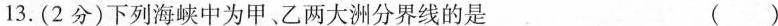
13.(2分)下列海峡中为甲、乙两大洲分界线的是 ( )